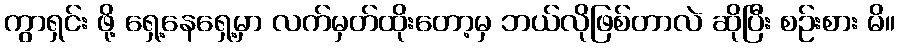
ကွာရှင်း ဖို့ ရှေ့နေရှေ့မှာ လက်မှတ်ထိုးတော့မှ ဘယ်လိုဖြစ်တာလဲ ဆိုပြီး စဉ်းစား မိ။